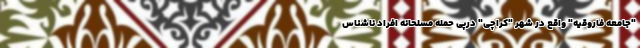
"جامعه فاروقیه" واقع در شهر "کراچی" درپی حمله مسلحانه افراد ناشناس